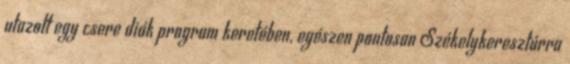
utazott egy csere diák program keretében, egészen pontosan Székelykeresztúrra